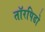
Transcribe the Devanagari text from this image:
तॉरपिडो